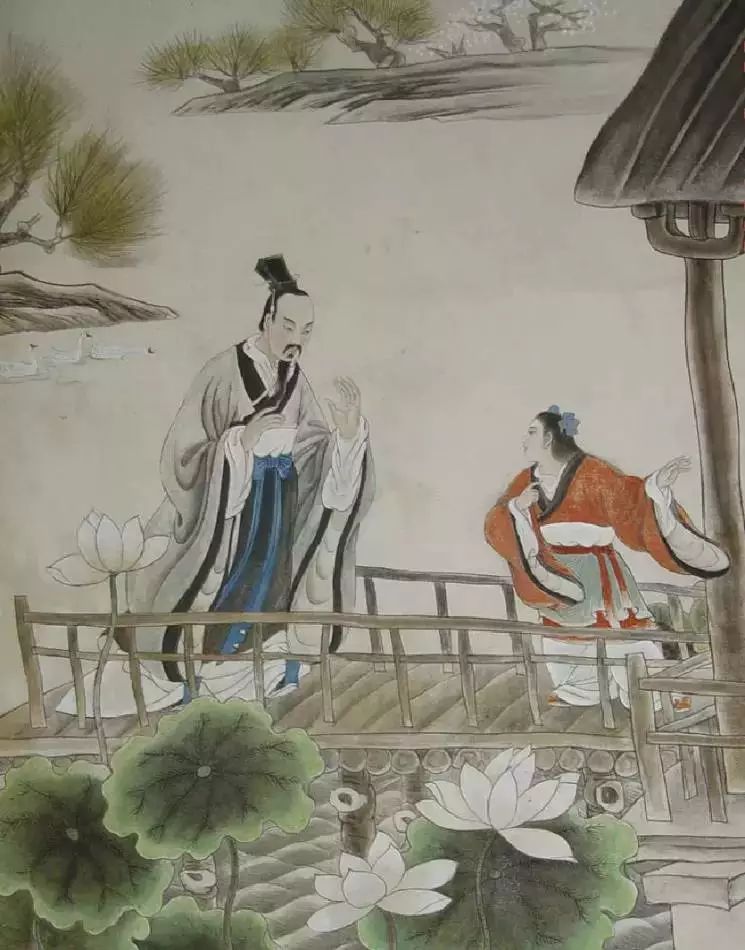
言则称于汤文，行则譬于狗豨，伤矣哉。